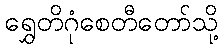
ရွှေတိဂုံစေတီတော်သို့